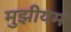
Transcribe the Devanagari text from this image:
मुझीयम